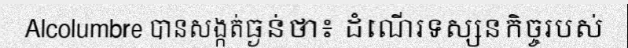
Alcolumbre បានសង្កត់ធ្ងន់ថា៖ ដំណើរទស្សនកិច្ចរបស់